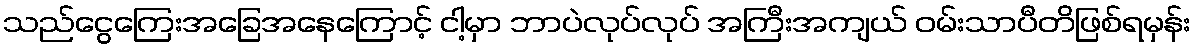
သည်ငွေကြေးအခြေအနေကြောင့် ငါ့မှာ ဘာပဲလုပ်လုပ် အကြီးအကျယ် ဝမ်းသာပီတိဖြစ်ရမှန်း